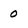
Character: 0